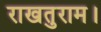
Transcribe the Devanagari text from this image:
राखतुराम।